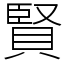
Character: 賢